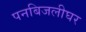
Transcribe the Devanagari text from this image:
पनबिजलीघर